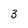
Character: 3